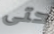
حتى